Indian journal of veterinary science and animal husbandry - Volume 3,
Year: 1933
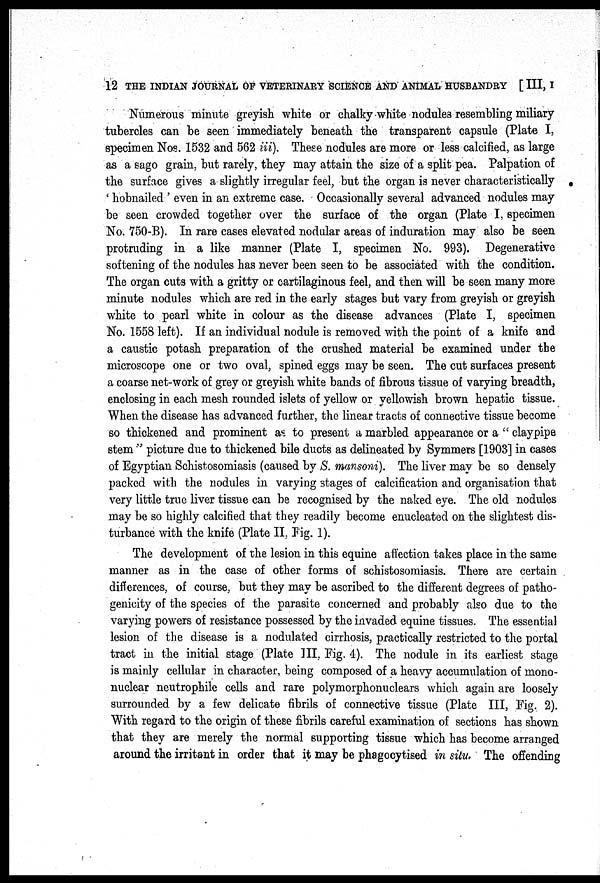
12 THE INDIAN JOURNAL OF VETERINARY SCIENCE AND ANIMAL HUSBANDRY [ III, I
Numerous minute greyish white or chalky white nodules resembling miliary
tubercles can be seen immediately beneath the transparent capsule (Plate I,
specimen Nos. 1532 and 562 iii). These nodules are more or less calcified, as large
as a sago grain, but rarely, they may attain the size of a split pea. Palpation of
the surface gives a slightly irregular feel, but the organ is never characteristically
' hobnailed ' even in an extreme case. Occasionally several advanced nodules may
be seen crowded together over the surface of the organ (Plate I, specimen
No. 750-B). In rare cases elevated nodular areas of induration may also be seen
protruding in a like manner (Plate I, specimen No. 993). Degenerative
softening of the nodules has never been seen to be associated with the condition.
The organ cuts with a gritty or cartilaginous feel, and then will be seen many more
minute nodules which are red in the early stages but vary from greyish or greyish
white to pearl white in colour as the disease advances (Plate I, specimen
No. 1558 left). If an individual nodule is removed with the point of a knife and
a caustic potash preparation of the crushed material be examined under the
microscope one or two oval, spined eggs may be seen. The cut surfaces present
a coarse net-work of grey or greyish white bands of fibrous tissue of varying breadth,
enclosing in each mesh rounded islets of yellow or yellowish brown hepatic tissue.
When the disease has advanced further, the linear tracts of connective tissue become
so thickened and prominent as to present a marbled appearance or a " claypipe
stem " picture due to thickened bile ducts as delineated by Symmers [1903] in cases
of Egyptian Schistosomiasis (caused by S. mansoni). The liver may be so densely
packed with the nodules in varying stages of calcification and organisation that
very little true liver tissue can be recognised by the naked eye. The old nodules
may be so highly calcified that they readily become enucleated on the slightest dis-
turbance with the knife (Plate II, Fig. 1).
The development of the lesion in this equine affection takes place in the same
manner as in the case of other forms of schistosomiasis. There are certain
differences, of course, but they may be ascribed to the different degrees of patho-
genicity of the species of the parasite concerned and probably also due to the
varying powers of resistance possessed by the invaded equine tissues. The essential
lesion of the disease is a nodulated cirrhosis, practically restricted to the portal
tract in the initial stage (Plate III, Fig. 4). The nodule in its earliest stage
is mainly cellular in character, being composed of a heavy accumulation of mono-
nuclear neutrophile cells and rare polymorphonuclears which again are loosely
surrounded by a few delicate fibrils of connective tissue (Plate III, Fig. 2).
With regard to the origin of these fibrils careful examination of sections has shown
that they are merely the normal supporting tissue which has become arranged
around the irritant in order that it may be phagocytised in situ. The offending